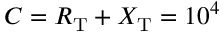
C = R _ { \mathrm { T } } + X _ { \mathrm { T } } = 1 0 ^ { 4 }